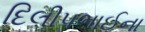
દિલીપભાઈના